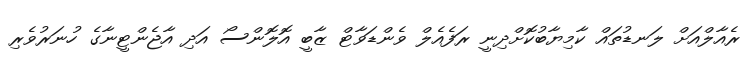
ރެއާލްއަށް ލަނޑުތައް ކާމިޔާބުކޮށްދިނީ ރަފެއެލް ވެންޑަވާޓް ޒާބީ އޮލޮންސޯ އަދި އާޖެންޓީނާގެ ހުނަރުވެރި